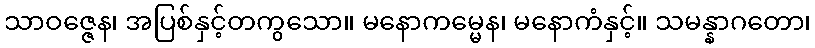
သာဝဇ္ဇေန၊ အပြစ်နှင့်တကွသော။ မနောကမ္မေန၊ မနောကံနှင့်။ သမန္နာဂတော၊